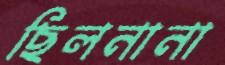
ছিলনানা